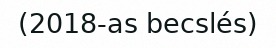
(2018-as becslés)